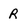
Character: R